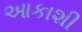
આકાશી